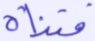
فتناه